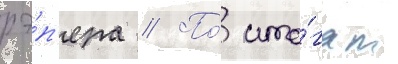
рэ́п'ера // По́ ито́гам